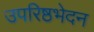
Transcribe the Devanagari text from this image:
उपरिष्ठभेदन